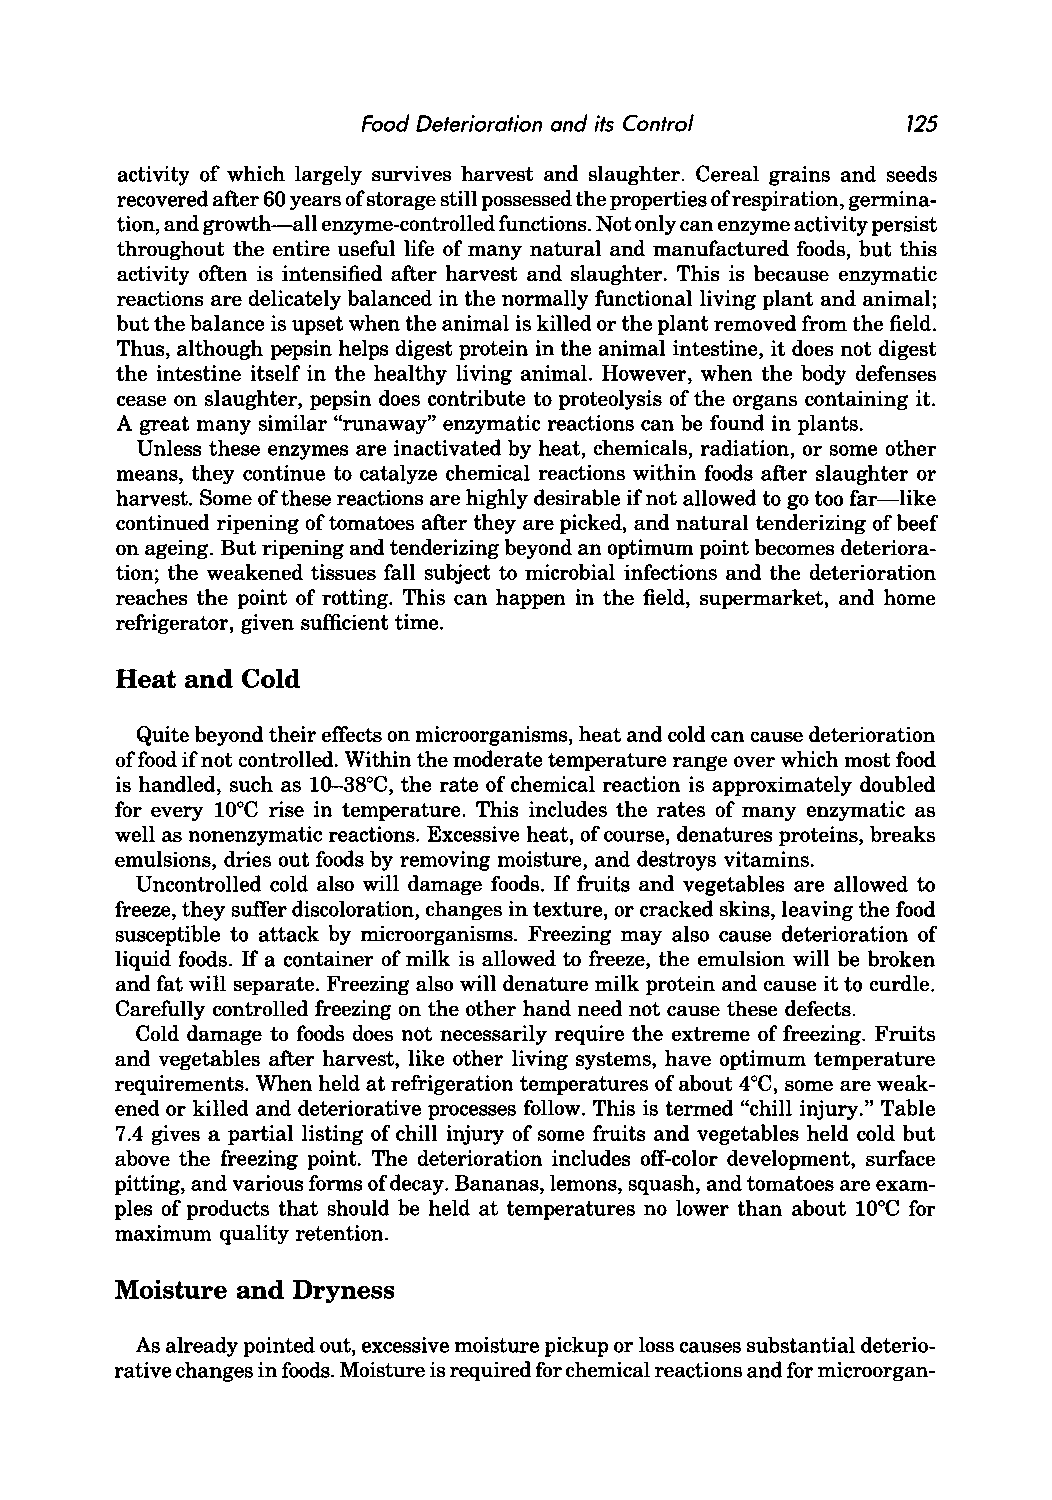
Food Deterioration and its Control  125
 activity of which largely survives harvest and slaughter. Cereal grains and seeds
 recovered after 60 years of storage still possessed the properties of respiration, germina
 tion, and growth-all enzyme-controlled functions. Not only can enzyme activity persist
 throughout the entire useful life of many natural and manufactured foods, but this
 activity often is intensified after harvest and slaughter. This is because enzymatic
 reactions are delicately balanced in the normally functional living plant and animal;
 but the balance is upset when the animal is killed or the plant removed from the field.
 Thus, although pepsin helps digest protein in the animal intestine, it does not digest
 the intestine itself in the healthy living animal. However, when the body defenses
 cease on slaughter, pepsin does contribute to proteolysis of the organs containing it.
 A great many similar "runaway" enzymatic reactions can be found in plants.
 Unless these enzymes are inactivated by heat, chemicals, radiation, or some other
 means, they continue to catalyze chemical reactions within foods after slaughter or
 harvest. Some of these reactions are highly desirable if not allowed to go too far-like
 continued ripening of tomatoes after they are picked, and natural tenderizing of beef
 on ageing. But ripening and tenderizing beyond an optimum point becomes deteriora
 tion; the weakened tissues fall subject to microbial infections and the deterioration
 reaches the point of rotting. This can happen in the field, supermarket, and home
 refrigerator, given sufficient time.
 Heat and Cold
 Quite beyond their effects on microorganisms, heat and cold can cause deterioration
 offood if not controlled. Within the moderate temperature range over which most food
 is handled, such as 10-38°C, the rate of chemical reaction is approximately doubled
 for every 10°C rise in temperature. This includes the rates of many enzymatic as
 well as nonenzymatic reactions. Excessive heat, of course, denatures proteins, breaks
 emulsions, dries out foods by removing moisture, and destroys vitamins.
 Uncontrolled cold also will damage foods. If fruits and vegetables are allowed to
 freeze, they suffer discoloration, changes in texture, or cracked skins, leaving the food
 susceptible to attack by microorganisms. Freezing may also cause deterioration of
 liquid foods. If a container of milk is allowed to freeze, the emulsion will be broken
 and fat will separate. Freezing also will denature milk protein and cause it to curdle.
 Carefully controlled freezing on the other hand need not cause these defects.
 Cold damage to foods does not necessarily require the extreme of freezing. Fruits
 and vegetables after harvest, like other living systems, have optimum temperature
 requirements. When held at refrigeration temperatures of about 4°C, some are weak
 ened or killed and deteriorative processes follow. This is termed "chill injury." Table
 7.4 gives a partial listing of chill injury of some fruits and vegetables held cold but
 above the freezing point. The deterioration includes off-color development, surface
 pitting, and various forms of decay. Bananas, lemons, squash, and tomatoes are exam
 ples of products that should be held at temperatures no lower than about lOoC for
 maximum quality retention.
 Moisture and Dryness
 As already pointed out, excessive moisture pickup or loss causes substantial deterio
 rative changes in foods. Moisture is required for chemical reactions and for microorgan-